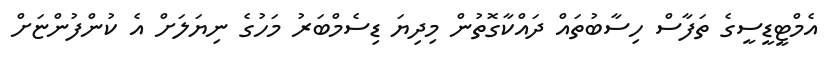
އެމްޓީޑީސީގެ ތަފާސް ހިސާބުތައް ދައްކާގޮތުން މިދިޔަ ޑިސެމްބަރު މަހުގެ ނިޔަލަށް އެ ކުންފުންޏަށް